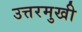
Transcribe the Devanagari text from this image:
उत्तरमुखी